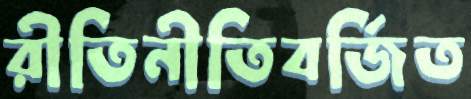
রীতিনীতিবর্জিত